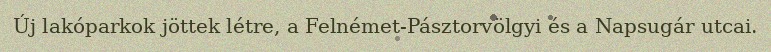
Új lakóparkok jöttek létre, a Felnémet-Pásztorvölgyi és a Napsugár utcai.